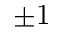
\pm 1